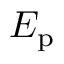
E _ { \mathrm { p } }